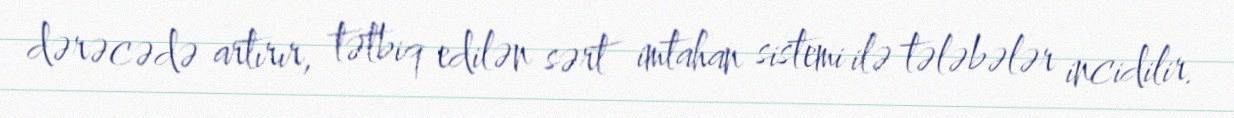
dərəcədə artırır, tətbiq edilən sərt imtahan sistemi ilə tələbələr incidilir.